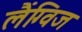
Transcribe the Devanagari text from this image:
लैंग्विज